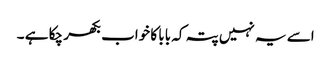
اسے یہ نہیں پتہ کہ بابا کا خواب بکھر چکا ہے ۔